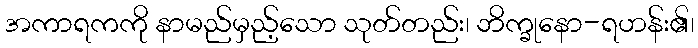
အကာရကကို နာမည်မှည့်သော သုတ်တည်း၊ ဘိက္ခုနော-ရဟန်း၏၊